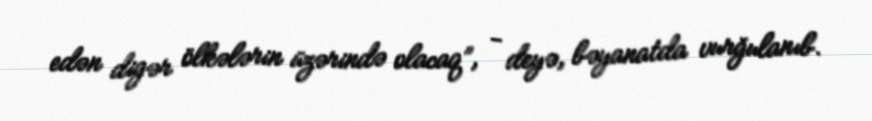
edən digər ölkələrin üzərində olacaq”, - deyə, bəyanatda vurğulanıb.